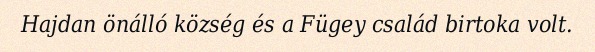
Hajdan önálló község és a Fügey család birtoka volt.